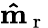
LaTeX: \mathbf{\hat{m}}_{\mathrm{~r~}}